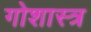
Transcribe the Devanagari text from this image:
गोशास्त्र